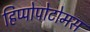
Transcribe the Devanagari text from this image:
हिप्पोपोटोमस